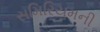
સમિરિયમની